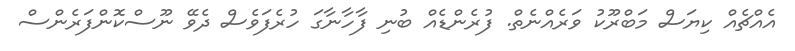
އެއްޗެއް ކިޔަސް މަބްރޫކު ވަރެއްނެތް. ފުރެންޑެއް ބުނި ފާހާނާގަ ހުރެފަވެސް ދެވޭ ނޫސްކޮންފަރެންސް